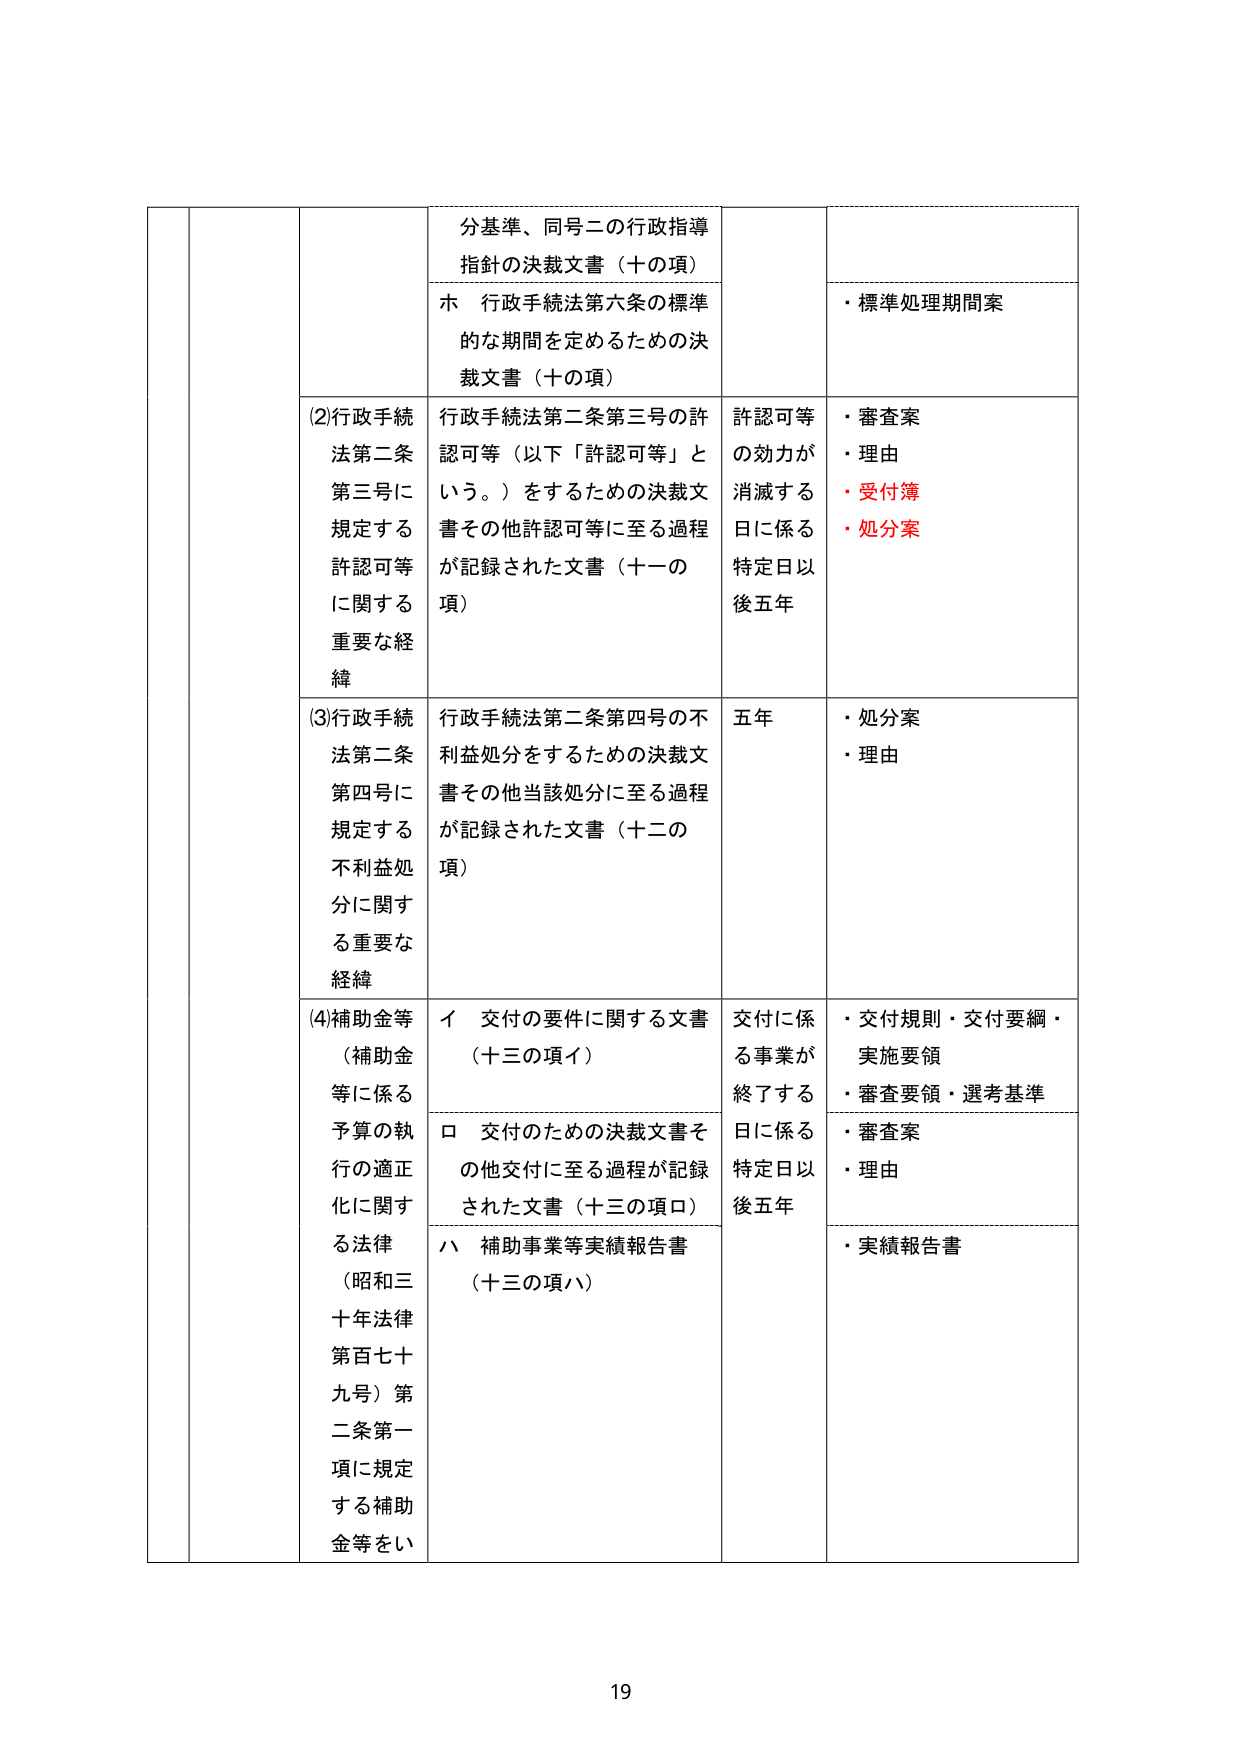
分基準、同号二の行政指導指針の決裁文書（十の項）
ホ 行政手続法第六条の標準的な期間を定めるための決裁文書（十の項）
・標準処理期間案
(2)行政手続法第二条第三号に規定する許認可等に関する重要な経緯
行政手続法第二条第三号の許認可等（以下「許認可等」という。）をするための決裁文書その他許認可等に至る過程が記録された文書（十一の項）
許認可等の効力が消滅する日に係る特定日以後五年
・審査案
・理由
・受付簿
・処分案
(3)行政手続法第二条第四号に規定する不利益処分に関する重要な経緯
行政手続法第二条第四号の不利益処分をするための決裁文書その他当該処分に至る過程が記録された文書（十二の項）
五年
・処分案
・理由
(4)補助金等（補助金等に係る予算の執行の適正化に関する法律（昭和三十年法律第百七十九号）第二条第一項に規定する補助金等をい
イ 交付の要件に関する文書（十三の項イ）
ロ 交付のための決裁文書その他交付に至る過程が記録された文書（十三の項ロ）
ハ 補助事業等実績報告書（十三の項ハ）
交付に係る事業が終了する日に係る特定日以後五年
・交付規則・交付要綱・実施要領
・審査要領・選考基準
・審査案
・理由
・実績報告書
19